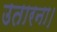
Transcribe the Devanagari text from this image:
उतारना।